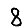
Digit: 8